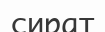
сират